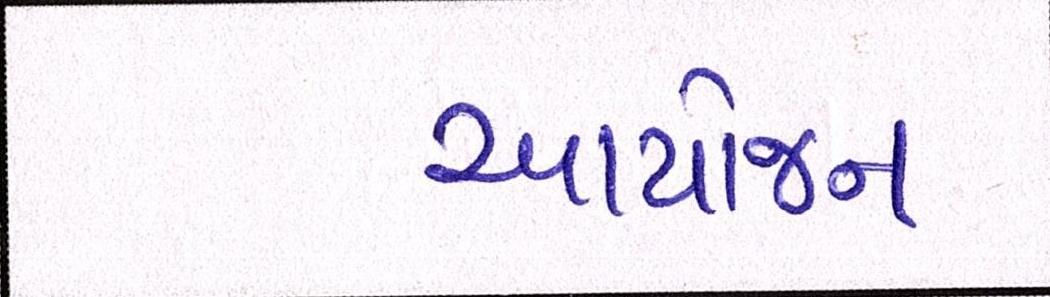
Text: આયોજન